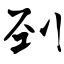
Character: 刭